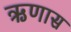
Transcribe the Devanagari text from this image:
ऋणास